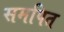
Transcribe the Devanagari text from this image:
समपित